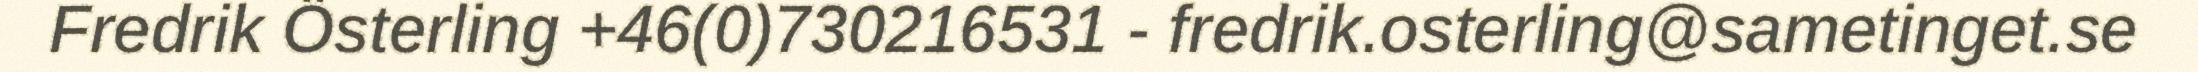
Fredrik Österling +46(0)730216531 - fredrik.osterling@sametinget.se